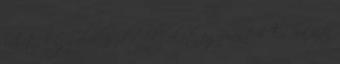
lehet, hogy elválaszd a dolgokat egymástól. És ha azt